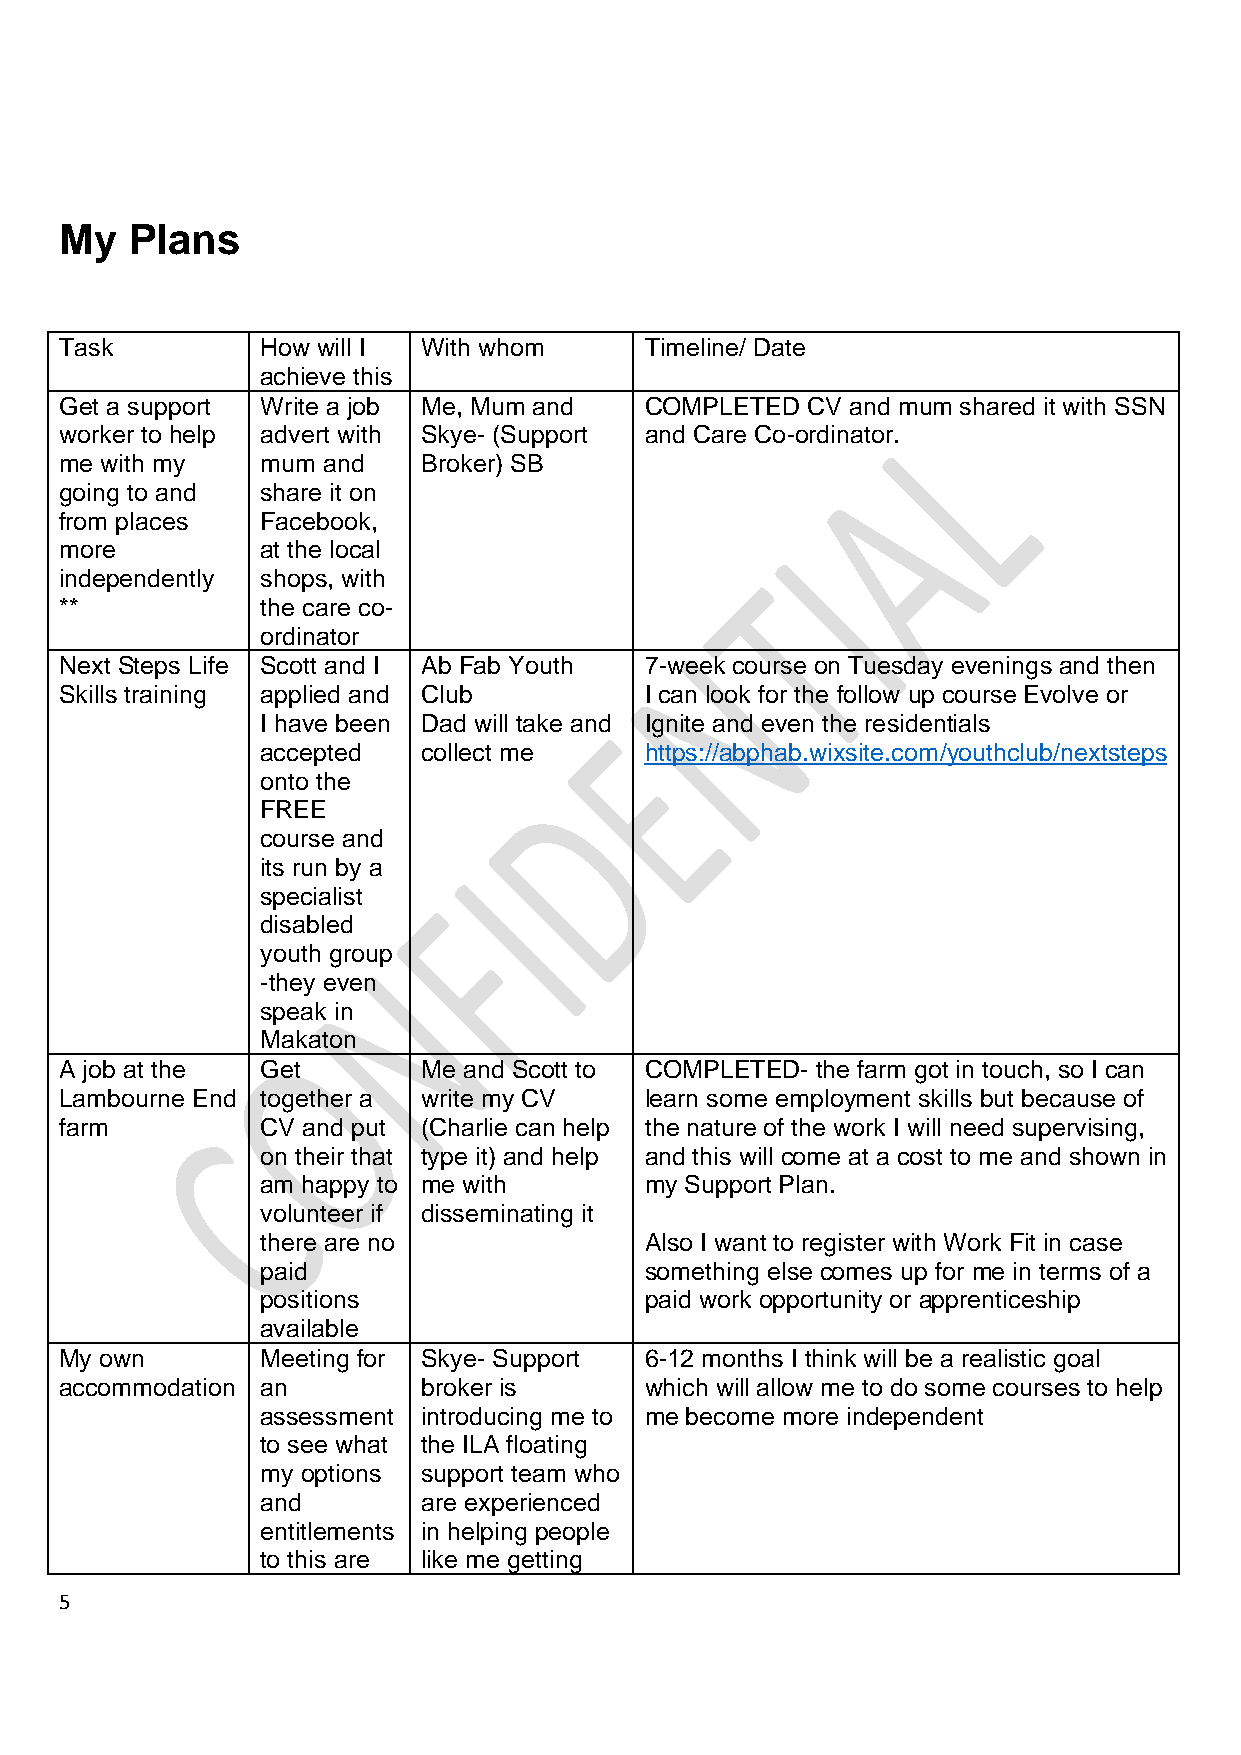
My   Plans
 Task         How will I With whom      Timeline/ Date
 achieve this
 Get a support Write a job Me, Mum and  COMPLETED CV and mum shared it with SSN
 worker to help advert with Skye- (Support and Care Co-ordinator.
 me with my   mum and    Broker) SB
 going to and share it on
 from places  Facebook,
 more         at the local
 independently shops, with
 **           the care co-
 ordinator
 Next Steps Life Scott and I Ab Fab Youth 7-week course on Tuesday evenings and then
 Skills training applied and Club       I can look for the follow up course Evolve or
 I have been Dad will take and Ignite and even the residentials
 accepted   collect me     https://abphab.wixsite.com/youthclub/nextsteps
 onto the
 FREE
 course and
 its run by a
 specialist
 disabled
 youth group
 -they even
 speak in
 Makaton
 A job at the Get        Me and Scott to COMPLETED- the farm got in touch, so I can
 Lambourne End together a write my CV   learn some employment skills but because of
 farm         CV and put (Charlie can help the nature of the work I will need supervising,
 on their that type it) and help and this will come at a cost to me and shown in
 am happy to me with       my Support Plan.
 volunteer if disseminating it
 there are no              Also I want to register with Work Fit in case
 paid                      something else comes up for me in terms of a
 positions                 paid work opportunity or apprenticeship
 available
 My own       Meeting for Skye- Support 6-12 months I think will be a realistic goal
 accommodation an        broker is      which will allow me to do some courses to help
 assessment introducing me to me become more independent
 to see what the ILA floating
 my options support team who
 and        are experienced
 entitlements in helping people
 to this are like me getting
 5